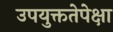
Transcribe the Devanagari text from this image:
उपयुक्ततेपेक्षा